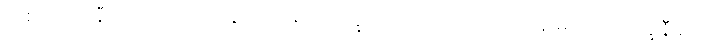
တစ်ထောင်နီးပါး ကာလ အတွင်းကရော ဘိက္ခုဆိုတဲ့ အမျိုးသား ရဟန်းများလို ဘိက္ခုနီဆိုတဲ့